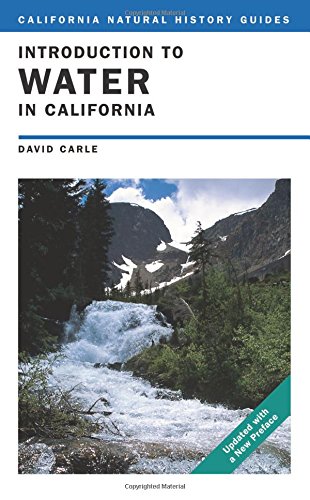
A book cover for Introduction to Water in California (California Natural History Guides); David Carle; Science & Math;